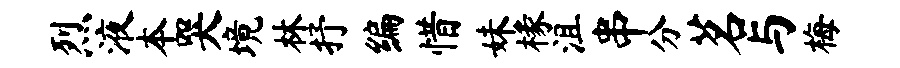
烈液本哭境林抒编惜妹椽沮串分茗与梅